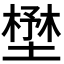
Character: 𡐨